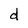
Character: d